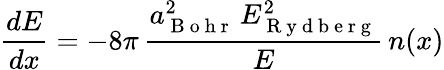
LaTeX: \frac{dE}{dx}=-8\pi\, \frac{a_{\mathrm{~B~o~h~r~}}^{2}\, E_{\mathrm{~R~y~d~b~e~r~g~}}^{2}}{E}\, n(x)